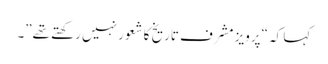
کہا کہ “پرویز مشرف تاریخ کا شعور نہیں رکھتے تھے”۔